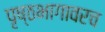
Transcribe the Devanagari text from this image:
पृष्ठभागावरच